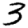
Digit: 3